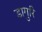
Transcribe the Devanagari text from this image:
डागुरि